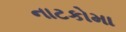
નાટકોમા